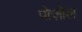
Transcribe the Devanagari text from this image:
पोज़ोल